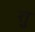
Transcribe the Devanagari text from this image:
र्‍ाु